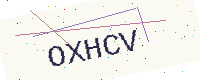
Text: OXHCV